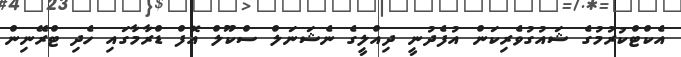
އެކްޓްކުރުމުގެ ޝައުގުވެރިކަން އުފެދުނީ ދިއްލީގެ ނެޝަނަލް ސްކޫލް އޮފް ޑްރާމާގައި ހެދި ޓްރޭނިން